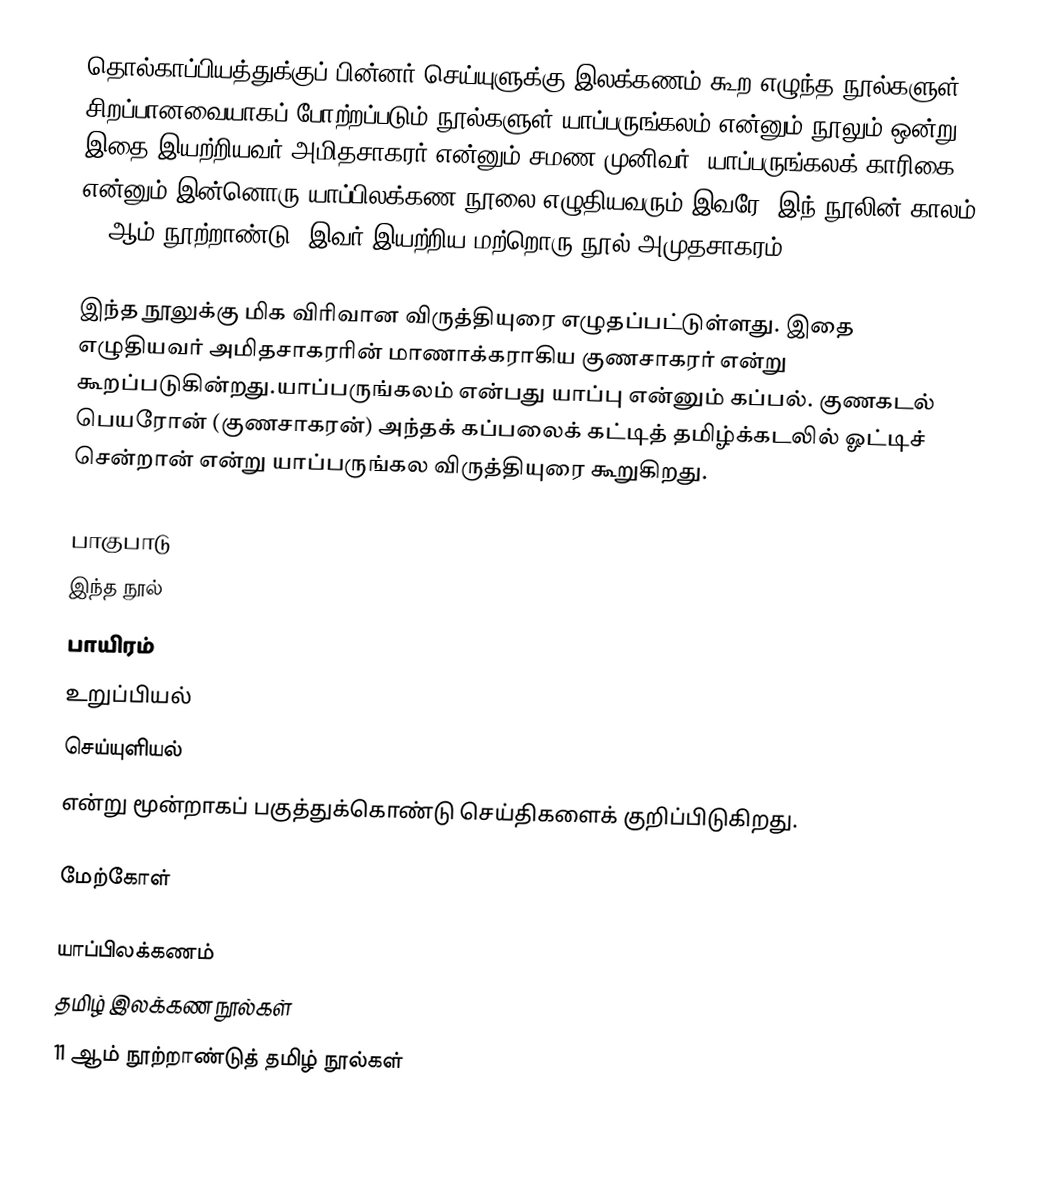
தொல்காப்பியத்துக்குப் பின்னர் செய்யுளுக்கு இலக்கணம் கூற எழுந்த நூல்களுள் சிறப்பானவையாகப் போற்றப்படும் நூல்களுள் யாப்பருங்கலம் என்னும் நூலும் ஒன்று. இதை இயற்றியவர் அமிதசாகரர் என்னும் சமண முனிவர். யாப்பருங்கலக் காரிகை என்னும் இன்னொரு யாப்பிலக்கண நூலை எழுதியவரும் இவரே. இந் நூலின் காலம் 11 ஆம் நூற்றாண்டு. இவர் இயற்றிய மற்றொரு நூல் அமுதசாகரம்.

இந்த நூலுக்கு மிக விரிவான விருத்தியுரை எழுதப்பட்டுள்ளது. இதை எழுதியவர் அமிதசாகரரின் மாணாக்கராகிய குணசாகரர்  என்று கூறப்படுகின்றது.யாப்பருங்கலம் என்பது யாப்பு என்னும் கப்பல். குணகடல் பெயரோன் (குணசாகரன்) அந்தக் கப்பலைக் கட்டித் தமிழ்க்கடலில் ஓட்டிச் சென்றான் என்று யாப்பருங்கல விருத்தியுரை  கூறுகிறது.

பாகுபாடு
இந்த நூல்
பாயிரம்
உறுப்பியல்
செய்யுளியல்
என்று மூன்றாகப் பகுத்துக்கொண்டு செய்திகளைக் குறிப்பிடுகிறது.

மேற்கோள்

யாப்பிலக்கணம்
தமிழ் இலக்கண நூல்கள்
11 ஆம் நூற்றாண்டுத் தமிழ் நூல்கள்